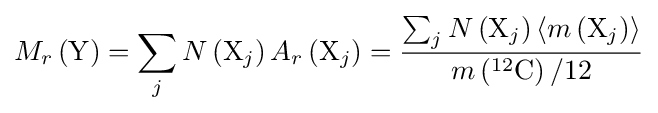
M_{r}\left({\rm {Y}}\right)=\sum _{j}N\left({\rm {X}}_{j}\right)A_{r}\left({\rm {X}}_{j}\right)={\frac {\sum _{j}N\left({\rm {X}}_{j}\right)\langle m\left({\rm {X}}_{j}\right)\rangle }{m\left(^{12}{\rm {C}}\right)/12}}